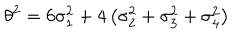
\theta ^ { 2 } = 6 \sigma _ { 1 } ^ { 2 } + 4 \left( \sigma _ { 2 } ^ { 2 } + \sigma _ { 3 } ^ { 2 } + \sigma _ { 4 } ^ { 2 } \right)